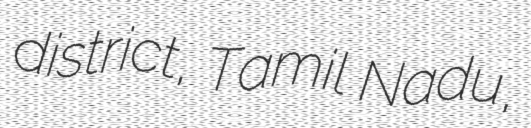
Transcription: district, Tamil Nadu,